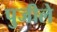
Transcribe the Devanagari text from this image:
पुजीले